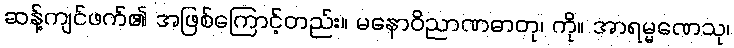
ဆန့်ကျင်ဖက်၏ အဖြစ်ကြောင့်တည်း။ မနောဝိညာဏဓာတု၊ ကို။ အာရမ္မဏေသု၊